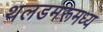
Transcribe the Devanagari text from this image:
थलडमरूमध्य